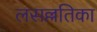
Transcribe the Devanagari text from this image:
लसल्लतिका